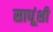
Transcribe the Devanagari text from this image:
साधूंशी